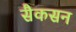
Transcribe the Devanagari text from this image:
सैकसन